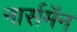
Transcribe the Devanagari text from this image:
नार्समॅन